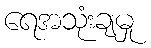
ရေအသုံးချမှု